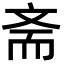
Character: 斋